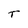
Character: T